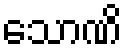
သောဏိ